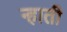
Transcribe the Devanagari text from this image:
न्हाती